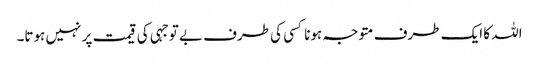
اللہ کا ایک طرف متوجہ ہونا کسی کی طرف بے توجہی کی قیمت پر نہیں ہوتا۔